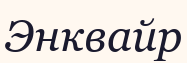
Энквайр